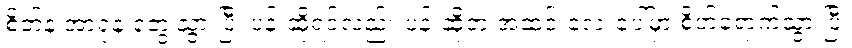
စိတ်နဲ့ အာရုံနဲ့ တွေ့သွားပြီ၊ ပန်းဆိုရင်လည်း ပန်းဆိုတဲ့ အဆင်းလေးပေါ်မှာ စိတ်ရောက်သွားပြီ၊